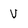
Character: v